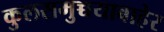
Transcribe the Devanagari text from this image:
कुलसमुच्चयाबाहेर